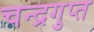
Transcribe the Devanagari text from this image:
चन्द्रगुप्त